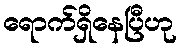
ရောက်ရှိနေပြီဟု